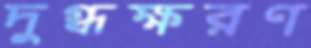
দুগ্ধক্ষরণ